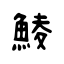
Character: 鯪